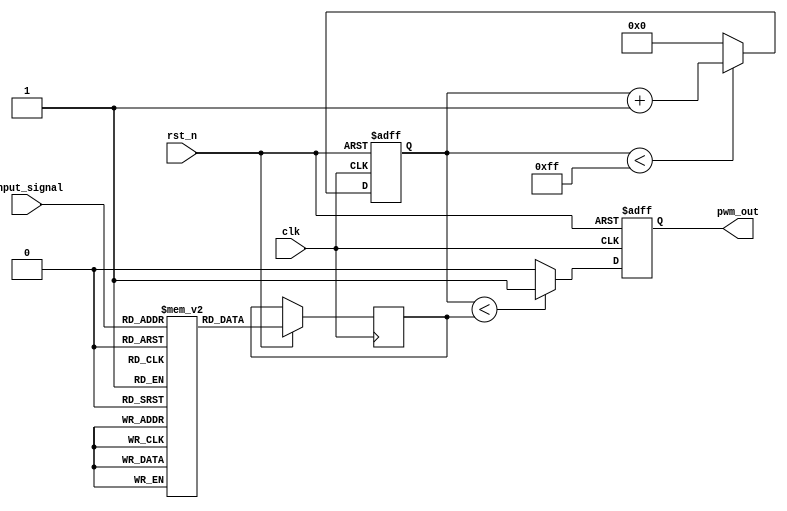
module LPWM #(
    parameter N = 8,               // Input width
    parameter PWM_RESOLUTION = 256 // PWM resolution (number of steps)
)(
    input wire clk,                // System clock
    input wire rst_n,              // Active low reset
    input wire [N-1:0] input_signal, // N-bit input signal
    output reg pwm_out             // PWM output signal
);

    // Logarithmic conversion using a lookup table
    reg [N-1:0] log_output;
    reg [N-1:0] log_lut [0:255]; // LUT for logarithmic values (assuming 8-bit input)

    // Initialize the logarithmic lookup table
    initial begin
        // Populate the LUT with logarithmic values (example values)
        // This is a simple approximation; you may want to use a more accurate logarithmic function
        log_lut[0] = 0;
        log_lut[1] = 1;
        log_lut[2] = 2;
        log_lut[3] = 3;
        log_lut[4] = 4;
        log_lut[5] = 5;
        log_lut[6] = 6;
        log_lut[7] = 7;
        // Continue filling the LUT for all values up to 255
        // For simplicity, we can use a linear approximation for this example
        // In practice, you would compute the logarithm values
        // log_lut[i] = log2(i) * scale_factor;
        // Ensure the LUT is filled with appropriate logarithmic values
    end

    // PWM counter
    reg [7:0] pwm_counter; // 8-bit counter for PWM resolution
    always @(posedge clk or negedge rst_n) begin
        if (!rst_n) begin
            pwm_counter <= 0;
            pwm_out <= 0;
        end else begin
            // Increment the PWM counter
            if (pwm_counter < PWM_RESOLUTION - 1) begin
                pwm_counter <= pwm_counter + 1;
            end else begin
                pwm_counter <= 0;
            end
            
            // Logarithmic conversion
            log_output <= log_lut[input_signal[7:0]]; // Assuming input_signal is 8 bits
            
            // Generate PWM signal
            if (pwm_counter < log_output) begin
                pwm_out <= 1;
            end else begin
                pwm_out <= 0;
            end
        end
    end

endmodule